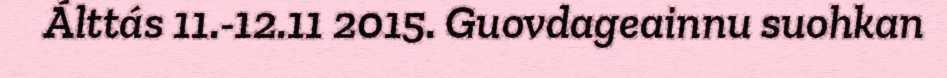
Álttás 11.-12.11 2015. Guovdageainnu suohkan